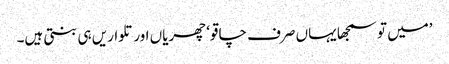
’میں تو سمجھا یہاں صرف چاقو‘ چھریاں اور تلواریں ہی بنتی ہیں۔